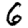
Digit: 6